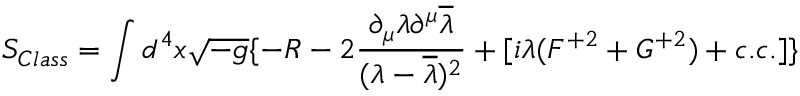
S _ { C l a s s } = \int d ^ { 4 } x \sqrt { - g } \{ - R - 2 \frac { \partial _ { \mu } \lambda \partial ^ { \mu } \overline { { { \lambda } } } } { ( \lambda - \overline { { { \lambda } } } ) ^ { 2 } } + [ i \lambda ( F ^ { + 2 } + G ^ { + 2 } ) + c . c . ] \}